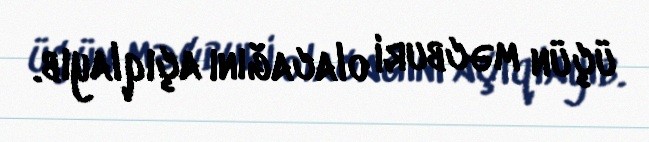
üçün məcburi olacağını açıqlayıb.